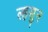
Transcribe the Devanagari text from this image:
ल्हसुन